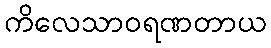
ကိလေသာဝရဏတာယ